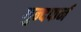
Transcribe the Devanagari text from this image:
गुन्दफर्न